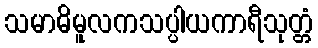
သမာဓိမူလကသပ္ပါယကာရီသုတ္တံ